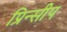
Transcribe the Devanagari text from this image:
प्रिन्सीप